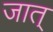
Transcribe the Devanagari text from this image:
जात्